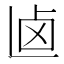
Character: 𠧟